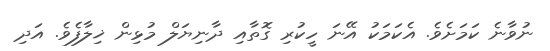
ނުވާނެ ކަމަށެވެ. އެކަމަކު އޭނަ ހީކުރި ގޮތާއި ދާނިޔަލް މުޅިން ޚިލާފެވެ. އަދި